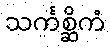
သင်္ကစ္ဆိကံ